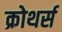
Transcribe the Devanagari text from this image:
क्रोथर्स